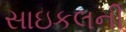
સાઇકલની